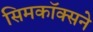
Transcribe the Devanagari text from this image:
सिमकॉक्सने